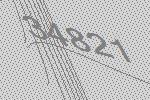
34821